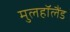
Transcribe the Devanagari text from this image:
मुलहॉलैंड